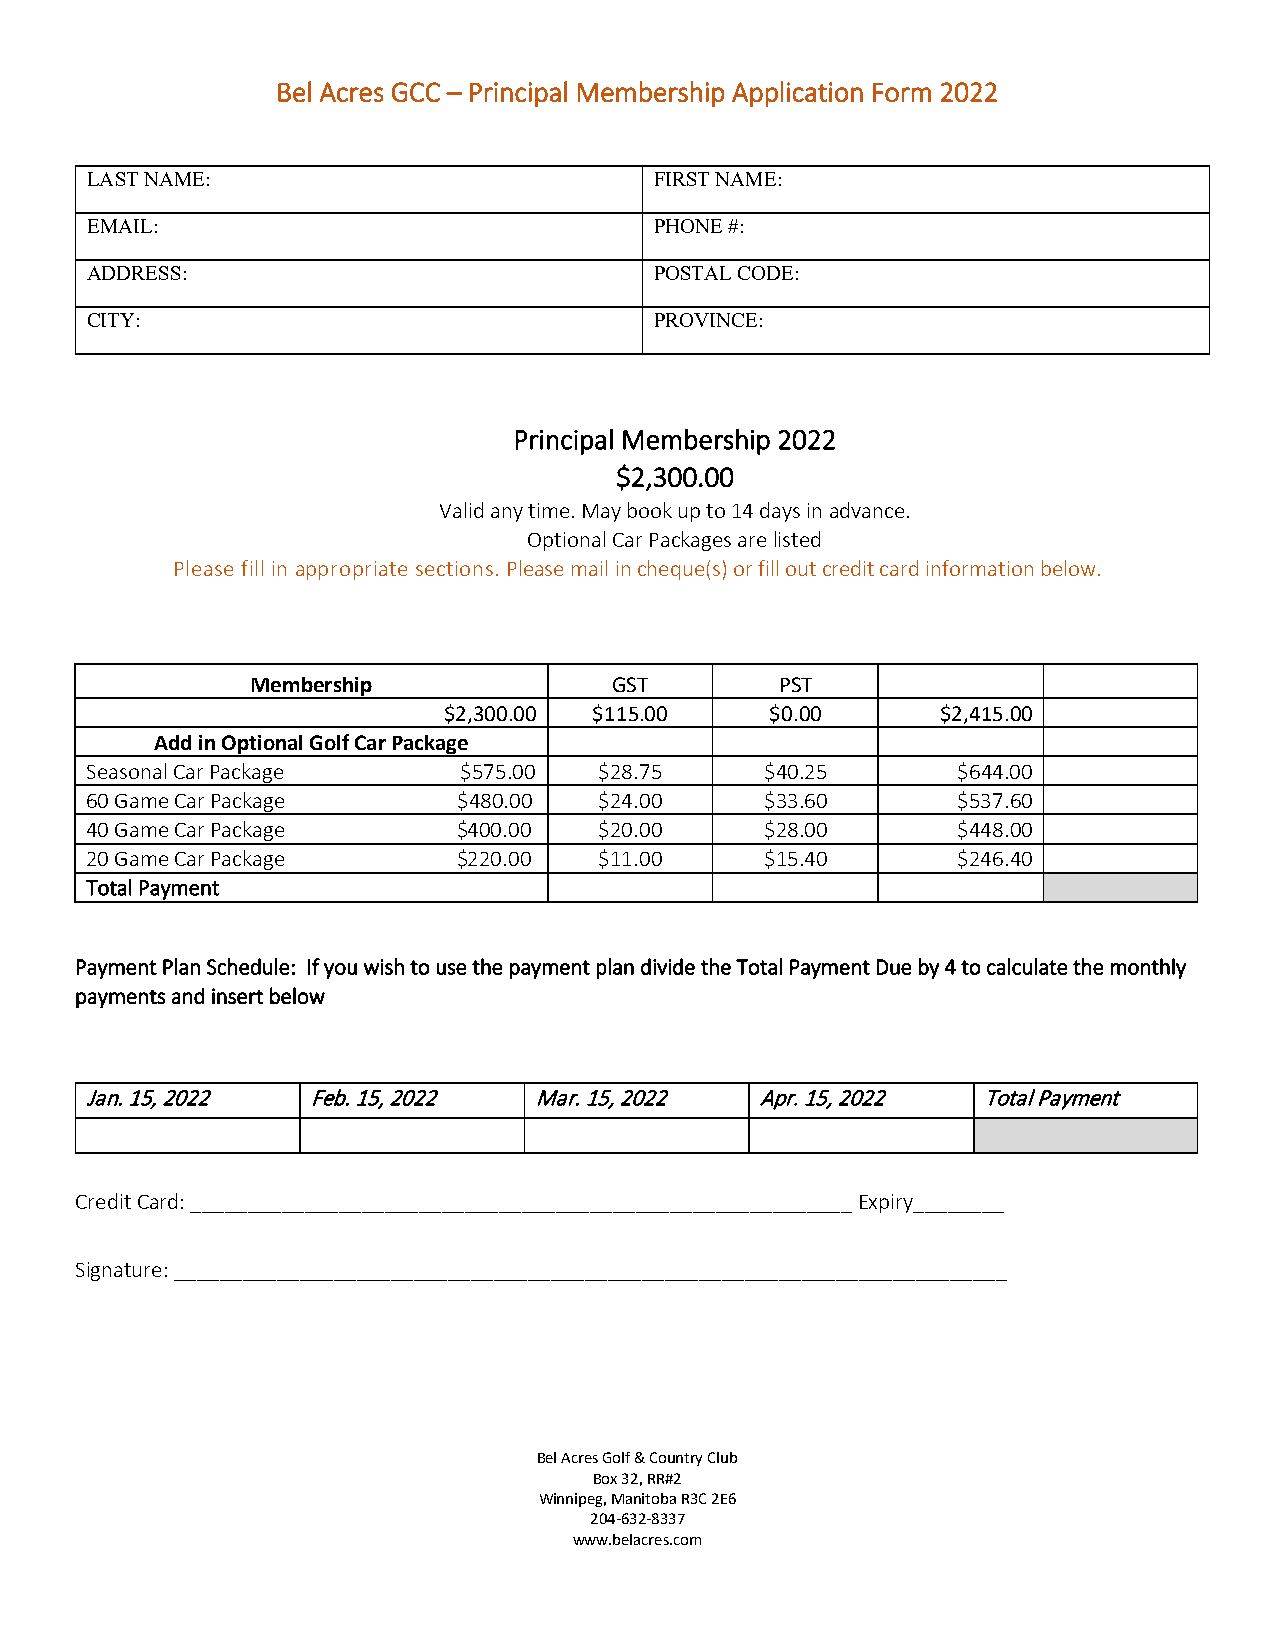
Bel Acres GCC – Principal Membership Application Form 2022
 LAST NAME:                           FIRST NAME:
 EMAIL:                               PHONE #:
 ADDRESS:                             POSTAL CODE:
 CITY:                                PROVINCE:
 Principal Membership 2022
 $2,300.00
 Valid any time. May book up to 14 days in advance.
 Optional Car Packages are listed
 Please fill in appropriate sections. Please mail in cheque(s) or fill out credit card information below.
 Membership              GST        PST
 $2,300.00 $115.00     $0.00      $2,415.00
 Add in Optional Golf Car Package
 Seasonal Car Package    $575.00   $28.75     $40.25      $644.00
 60 Game Car Package     $480.00   $24.00     $33.60      $537.60
 40 Game Car Package     $400.00   $20.00     $28.00      $448.00
 20 Game Car Package     $220.00   $11.00     $15.40      $246.40
 Total Payment
 Payment Plan Schedule: If you wish to use the payment plan divide the Total Payment Due by 4 to calculate the monthly
 payments and insert below
 Jan. 15, 2022 Feb. 15, 2022  Mar. 15, 2022  Apr. 15, 2022  Total Payment
 Credit Card: __________________________________________________________ Expiry________
 Signature: _________________________________________________________________________
 Bel Acres Golf & Country Club
 Box 32, RR#2
 Winnipeg, Manitoba R3C 2E6
 204-632-8337
 www.belacres.com